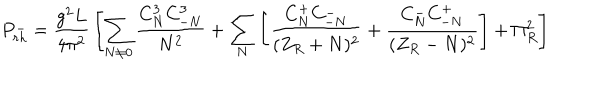
LaTeX: P _ { r h } ^ { - } = { \frac { g ^ { 2 } L } { 4 \pi ^ { 2 } } } \left[ \sum _ { N \neq 0 } { \frac { C _ { N } ^ { 3 } C _ { - N } ^ { 3 } } { N ^ { 2 } } } + \sum _ { N } \left[ { \frac { C _ { N } ^ { + } C _ { - N } ^ { - } } { ( Z _ { R } + N ) ^ { 2 } } } + { \frac { C _ { N } ^ { - } C _ { - N } ^ { + } } { ( Z _ { R } - N ) ^ { 2 } } } \right] + \Pi _ { R } ^ { 2 } \right]